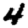
Digit: 4